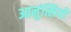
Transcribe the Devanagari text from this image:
आनुंत्सियो